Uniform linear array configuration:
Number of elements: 24
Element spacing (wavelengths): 0.5
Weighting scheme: kaiser
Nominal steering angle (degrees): -45
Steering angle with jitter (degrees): -43.641
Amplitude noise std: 0.05
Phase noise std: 0.05

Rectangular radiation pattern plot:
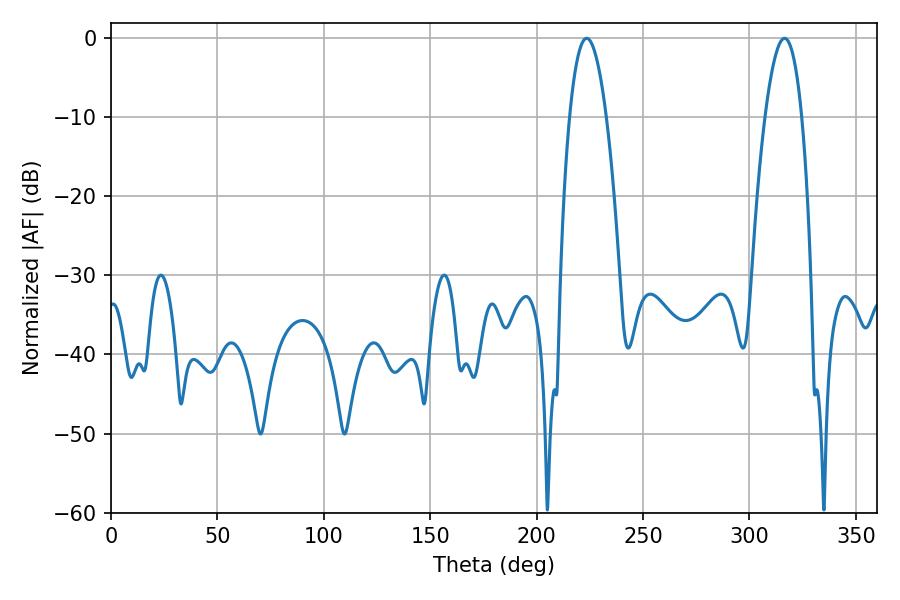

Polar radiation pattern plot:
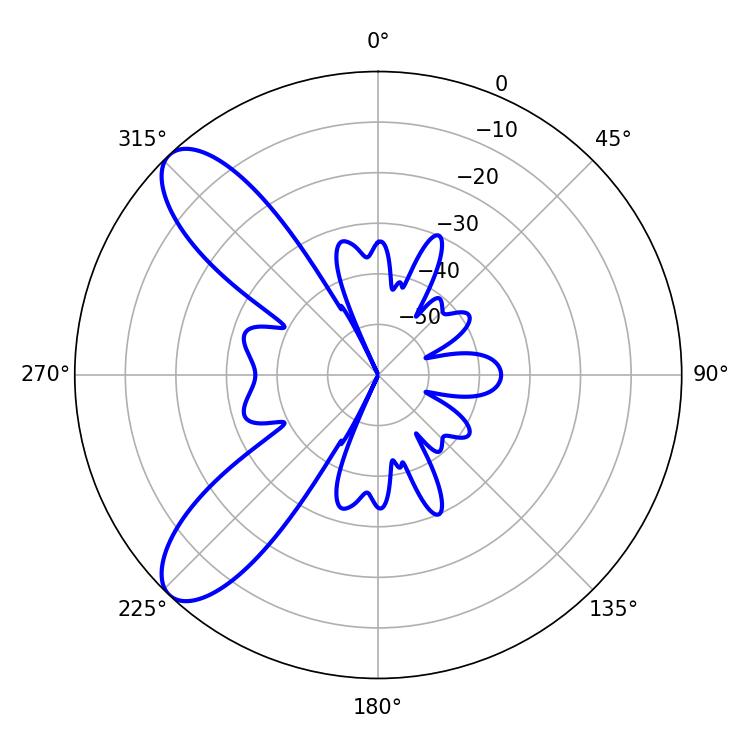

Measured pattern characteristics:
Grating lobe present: FALSE
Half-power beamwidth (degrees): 9.54
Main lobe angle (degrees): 223.56